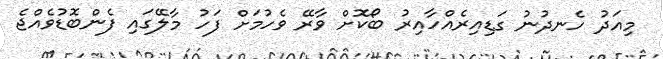
މިއަދު ހެނދުނު ގަޑިއިރެއްހާއިރު ބޯކޮށް ވާރޭ ވެހުމަށް ފަހު މާލޭގައި ފެންބޮޑުވެއްޖެ